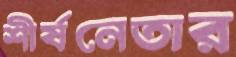
শীর্ষনেতার